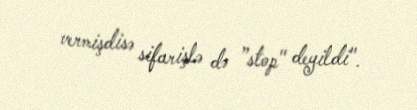
vermişdisə sifarişlə də ”stop" deyildi".